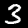
Digit: 3